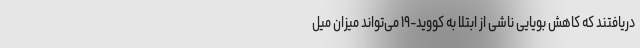
دریافتند که کاهش بویایی ناشی از ابتلا به کووید-۱۹ می‌تواند میزان میل